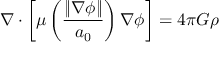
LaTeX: \nabla \cdot \left[ \mu \left( { \frac { \left\| \nabla \phi \right\| } { a _ { 0 } } } \right) \nabla \phi \right] = 4 \pi G \rho